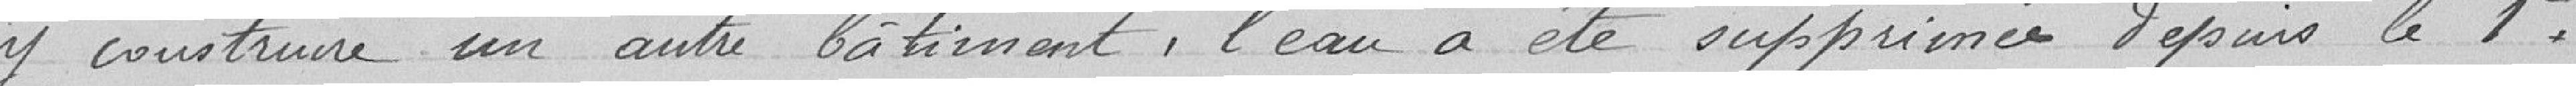
y construire un autre bâtiment, l'eau a été supprimée depuis le 1er